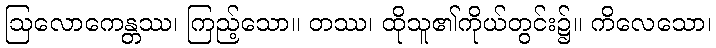
ဩလောကေန္တဿ၊ ကြည့်သော။ တဿ၊ ထိုသူ၏ကိုယ်တွင်း၌။ ကိလေသော၊